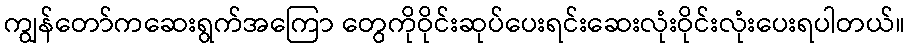
ကျွန်တော်ကဆေးရွက်အကြော တွေကိုဝိုင်းဆုပ်ပေးရင်းဆေးလုံးဝိုင်းလုံးပေးရပါတယ်။